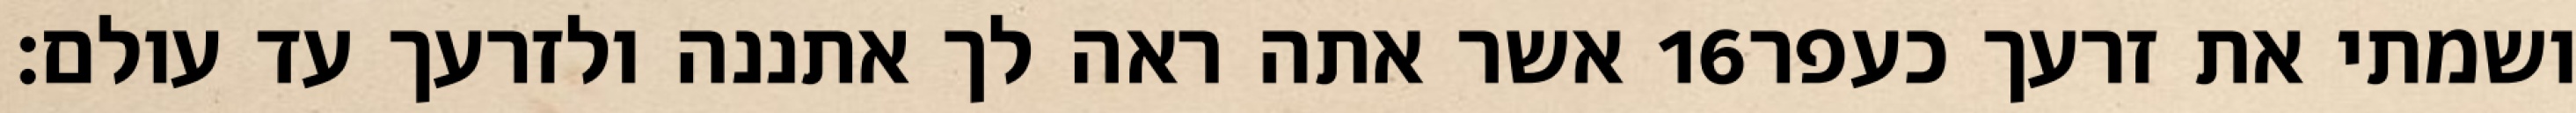
אשר אתה ראה לך אתננה ולזרעך עד עולם׃ ‎16‏ ושמתי את זרעך כעפר